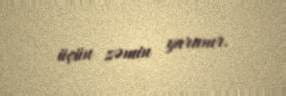
üçün zəmin yaranır.